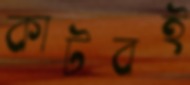
কাটবই